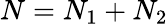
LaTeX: N=N_{1}+N_{2}